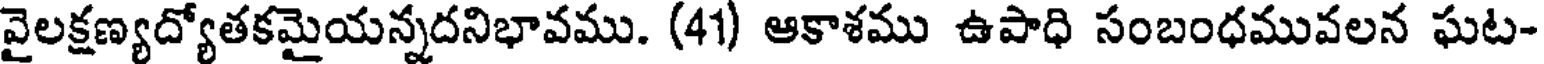
వైలక్షణ్యద్యోతకమైయన్నదనిభావము. (41) ఆకాశము ఉపాధి సంబంధమువలన ఘట-